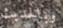
وبالحديث